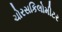
ચોરસકિલોમીટર